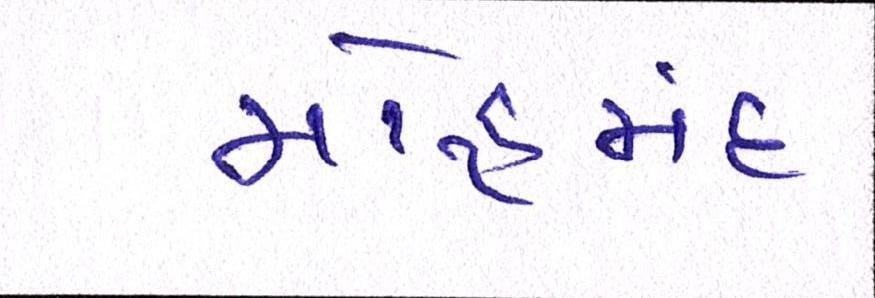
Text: મોહમંદ